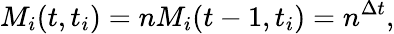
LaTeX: M_{i}(t,t_{i})=nM_{i}(t-1,t_{i})=n^{\Delta t},